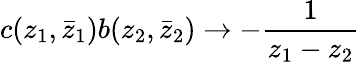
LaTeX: c(z_{1},\bar{z}_{1})b(z_{2},\bar{z}_{2})\rightarrow-\frac{1}{z_{1}-z_{2}}